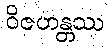
ဝိဇဟန္တဿ